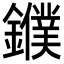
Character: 𨮓